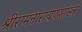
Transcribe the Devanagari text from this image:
श्रीरामनारायणशास्त्री